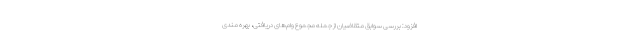
افزود: بررسی سوابق متقاضیان از جمله مجموع وام‌های دریافتی، بهره مندی